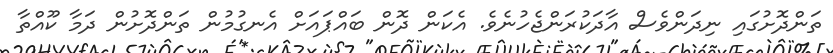
ތަންދޮށުގައި ނިދަންވެސް އާދަކުރަންޖެހުނެވެ. އެކަން ދޮން ބައްޕައަށް އެނގުމުން ތަންދޮށުން ދަމާ ކޫއްތާ